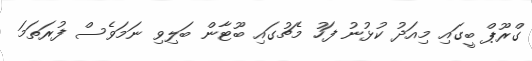
ގްރޫޕް ބީގައި މިއަދު ކުޅުނު ފަހު މެޗުގައި ބޫޓާން ބަލިވި ނަމަވެސް ފުރަތަމަ